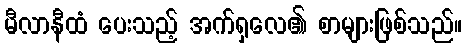
မီလာနီထံ ပေးသည့် အက်ရှလေ၏ စာများဖြစ်သည်။